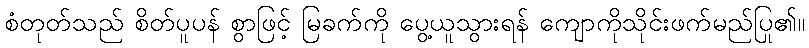
စံတုတ်သည် စိတ်ပူပန် စွာဖြင့် မြခက်ကို ပွေ့ယူသွားရန် ကျောကိုသိုင်းဖက်မည်ပြု၏။